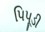
પિપૂડી